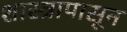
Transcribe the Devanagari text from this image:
शास्त्रापासून